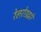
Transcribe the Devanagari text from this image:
रेलरोडद्वारे